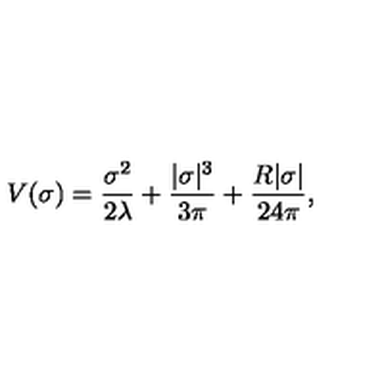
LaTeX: V ( \sigma ) = \frac { \sigma ^ { 2 } } { 2 \lambda } + \frac { | \sigma | ^ { 3 } } { 3 \pi } + \frac { R | \sigma | } { 2 4 \pi } ,